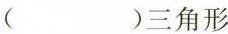
( )三角形